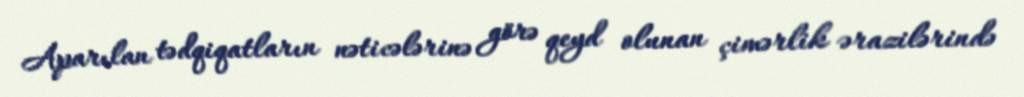
Aparılan tədqiqatların nəticələrinə görə qeyd olunan çimərlik ərazilərində